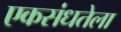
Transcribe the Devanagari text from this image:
एकसंधतेला